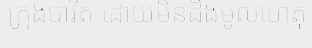
ក្រុងបាវិត ដោយមិនដឹងមូលហេតុ